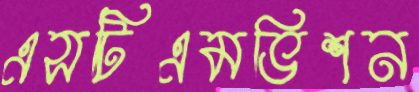
এসটিএমভিশন